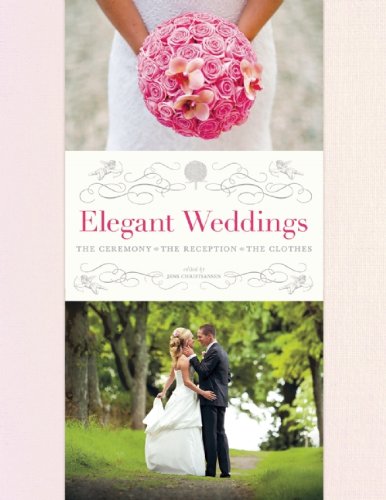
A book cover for Elegant Weddings: The Ceremony, the Reception, the Clothes; Crafts, Hobbies & Home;